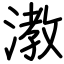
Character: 漖